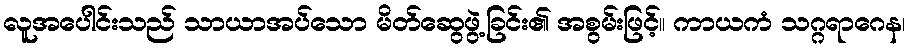
လူအပေါင်းသည် သာယာအပ်သော မိတ်ဆွေဖွဲ့ခြင်း၏ အစွမ်းဖြင့်။ ကာယကံ သဂ္ဂရာဂေန၊